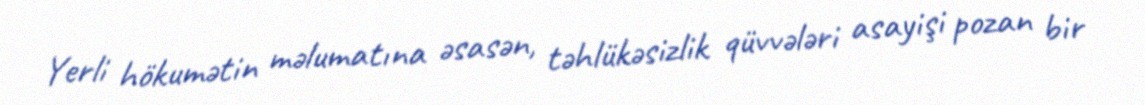
Yerli hökumətin məlumatına əsasən, təhlükəsizlik qüvvələri asayişi pozan bir